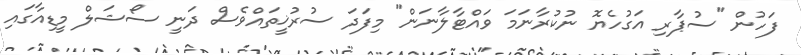
ފަހުން "ސުޕާރި އަގުހެޔޮ ނުކުރާނަމަ ވައްޓާލާނަން" މިފަދަ ސުރުޚީތައްވެސް ދަނީ ސޯޝަލް މީޑިއާގައި